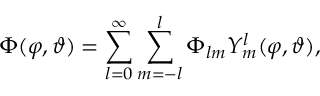
\Phi ( \varphi , \vartheta ) = \sum _ { l = 0 } ^ { \infty } \sum _ { m = - l } ^ { l } \Phi _ { l m } Y _ { m } ^ { l } ( \varphi , \vartheta ) ,